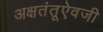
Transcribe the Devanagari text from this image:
अक्षतंतूऐवजी